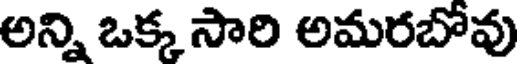
అన్ని ఒక్క సారి అమరబోవు